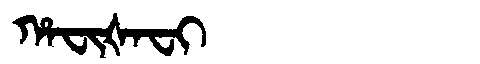
Manchu: ᡥᠠᠸᡳᡧᠠᠸᡳ
Romanization: HAFIŠAFI